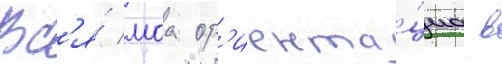
Вс'я́ моа ор'иента́циа в